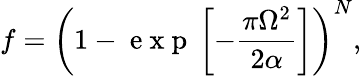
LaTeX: f=\left(1-\mathrm{~e~x~p~}\left[-\frac{\pi\Omega^{2}}{2\alpha}\right]\right)^{N},